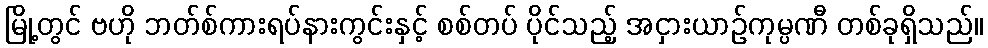
မြို့တွင် ဗဟို ဘတ်စ်ကားရပ်နားကွင်းနှင့် စစ်တပ် ပိုင်သည့် အငှားယာဉ်ကုမ္ပဏီ တစ်ခုရှိသည်။